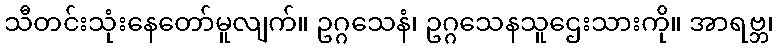
သီတင်းသုံးနေတော်မူလျက်။ ဥဂ္ဂသေနံ၊ ဥဂ္ဂသေနသူဌေးသားကို။ အာရဗ္ဘ၊